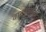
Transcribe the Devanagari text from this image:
वाटपासाठी